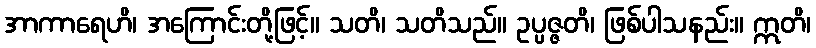
အာကာရေဟိ၊ အကြောင်းတို့ဖြင့်။ သတိ၊ သတိသည်။ ဥပ္ပဇ္ဇတိ၊ ဖြစ်ပါသနည်း။ ဣတိ၊